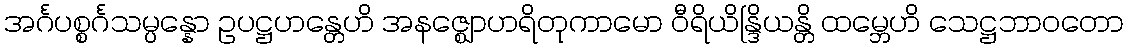
အင်္ဂပစ္စင်္ဂသမ္ပန္နော ဥပဋ္ဌဟန္တေဟိ အနဇ္ဈောဟရိတုကာမော ဝီရိယိန္ဒြိယန္တိ ထမ္ဘေဟိ သေဋ္ဌဘာဝတော